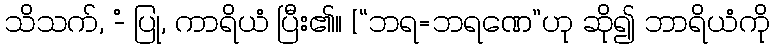
သိသက်, -ံ ပြု, ကာရိယံ ပြီး၏။ [“ဘရ=ဘရဏေ”ဟု ဆို၍ ဘာရိယံကို